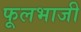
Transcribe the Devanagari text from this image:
फूलभाजी